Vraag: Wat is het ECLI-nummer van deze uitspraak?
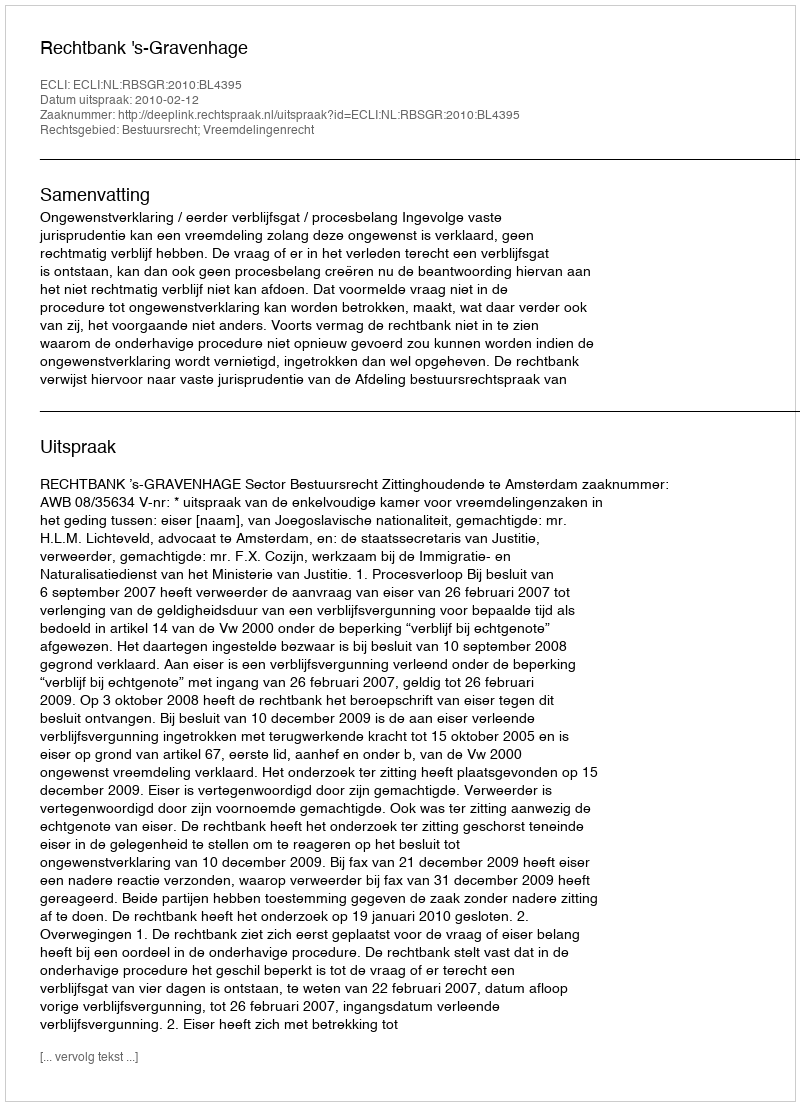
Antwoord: ECLI:NL:RBSGR:2010:BL4395